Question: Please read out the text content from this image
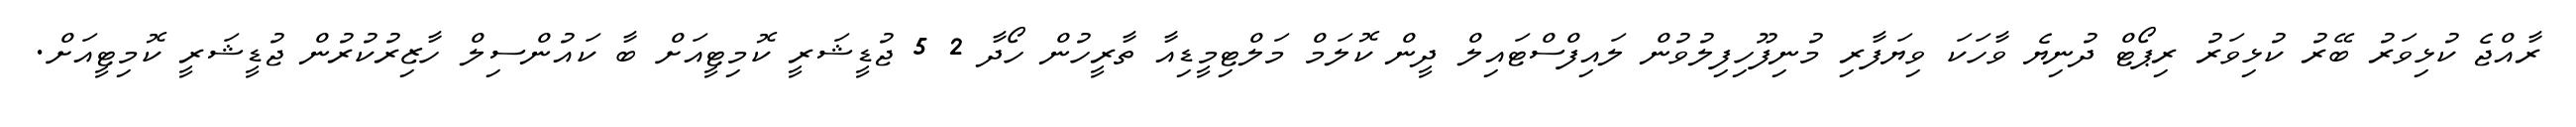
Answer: ރާއްޖެ ކުޅިވަރު ބޭރު ކުޅިވަރު ރިޕޯޓް ދުނިޔެ ވާހަކަ ވިޔަފާރި މުނިފޫހިފިލުވުން ލައިފްސްޓައިލް ދީން ކޮލަމް މަލްޓިމީޑިއާ ތާރީހުން ހޯދާ 2 5 ޖުޑީޝަރީ ކޮމިޓީއަށް ބާ ކައުންސިލް ހާޒިރުކުރުން ޖުޑީޝަރީ ކޮމިޓީއަށް.